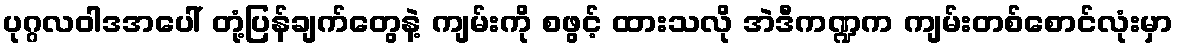
ပုဂ္ဂလဝါဒအပေါ် တုံ့ပြန်ချက်တွေနဲ့ ကျမ်းကို စဖွင့် ထားသလို အဲဒီကဏ္ဍက ကျမ်းတစ်စောင်လုံးမှာ